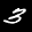
Label: 3